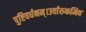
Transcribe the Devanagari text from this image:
पुष्टिवर्धनम्।उर्वारुकमिव